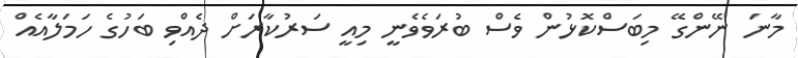
މާނަ ނޭންގޭ މިބަސްކޮޅުން ވެސް ބުރަވެވެނީ މިއީ ސަރުކާރަށް ދެއްވި ބަހުގެ ހަމަލާއެއް